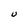
Character: U